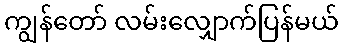
ကျွန်တော် လမ်းလျှောက်ပြန်မယ်